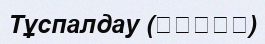
Тұспалдау (مفهوم)